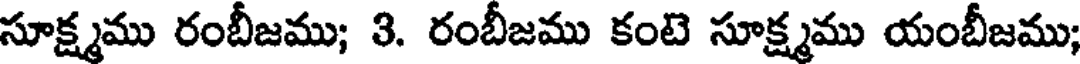
సూక్ష్మము రంబీజము; 3. రంబీజము కంటె సూక్ష్మము యంబీజము;